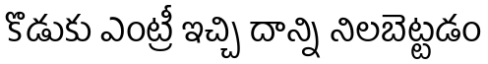
కొడుకు ఎంట్రీ ఇచ్చి దాన్ని నిలబెట్టడం